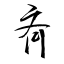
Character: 斉